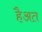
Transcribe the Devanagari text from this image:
हैअत